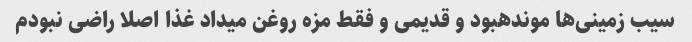
سیب زمینی‌ها موندهبود و قدیمی و فقط مزه روغن میداد غذا اصلا راضی نبودم